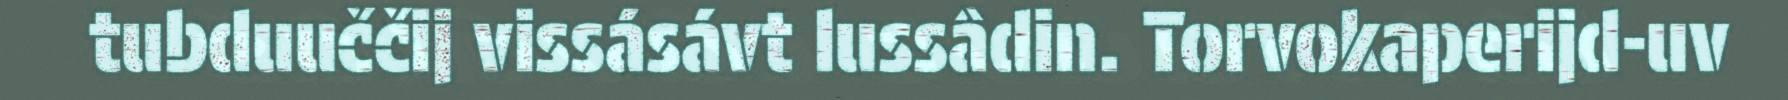
tubduuččij vissásávt lussâdin. Torvokaperijd-uv